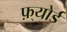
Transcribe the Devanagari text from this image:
फ़्योर्ड